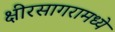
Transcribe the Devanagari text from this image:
क्षीरसागरामध्ये